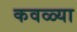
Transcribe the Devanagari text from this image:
कवळ्या